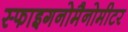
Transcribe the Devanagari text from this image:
स्फाइगनोमैनोमीटर